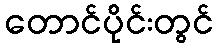
တောင်ပိုင်းတွင်